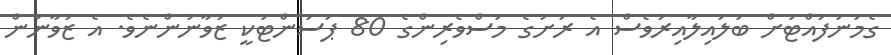
ގެމަނަފުއްޓަށް ބަލައިލާއިރުވެސް އެ ރަށުގެ މަސްވެރިންގެ 80 ޕަސަންޓަކީ ޒުވާނުންނެވެ. އެ ޒުވާނުން